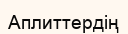
Аплиттердің